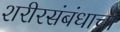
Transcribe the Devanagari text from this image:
शरीरसंबंधाचा